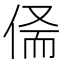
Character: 𠉺